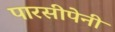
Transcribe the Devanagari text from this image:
पारसीपेनी